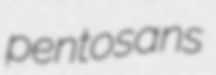
pentosans